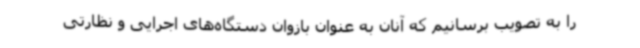
را به تصویب برسانیم که آنان به عنوان بازوان دستگاه‌های اجرایی و نظارتی